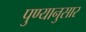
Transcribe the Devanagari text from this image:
पुण्यानुसार